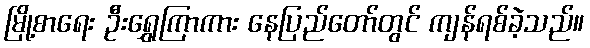
မြို့စာရေး ဦးရွှေကြာကား နေပြည်တော်တွင် ကျန်ရစ်ခဲ့သည်။